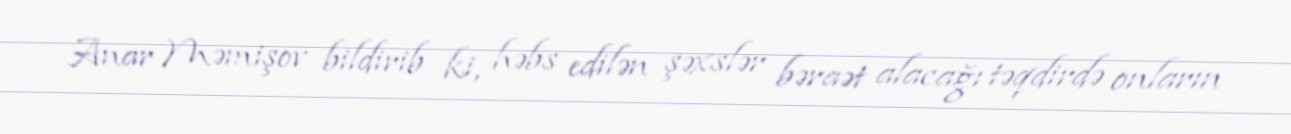
Anar Məmişov bildirib ki, həbs edilən şəxslər bəraət alacağı təqdirdə onların